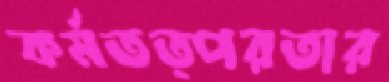
কর্মতত্পরতার